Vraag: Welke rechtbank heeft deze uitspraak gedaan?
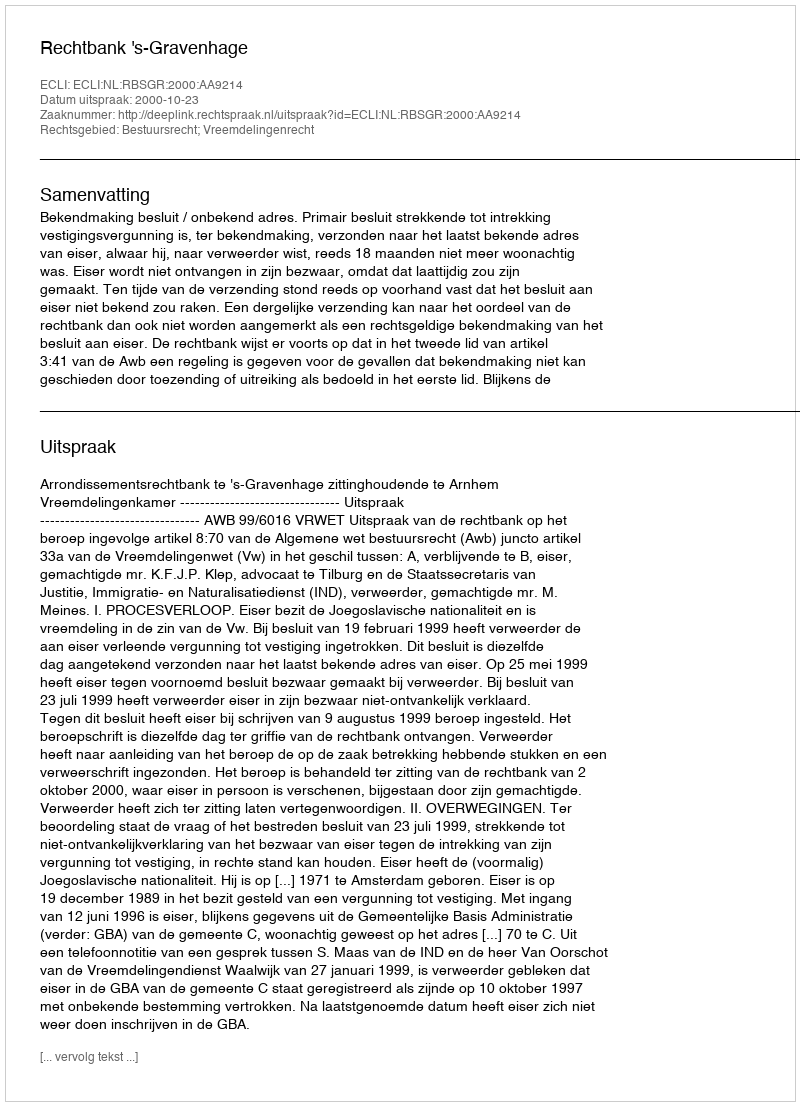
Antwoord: Rechtbank 's-Gravenhage